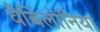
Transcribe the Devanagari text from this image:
वैबिलोनिया